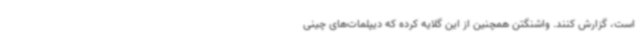
است، گزارش کنند. واشنگتن همچنین از این گلایه کرده که دیپلمات‌های چینی